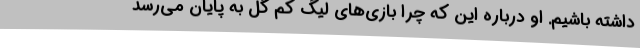
داشته باشیم. او درباره این که چرا بازی‌های لیگ کم گل به پایان می‌رسد